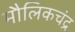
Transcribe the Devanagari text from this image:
मौलिकचंद्र